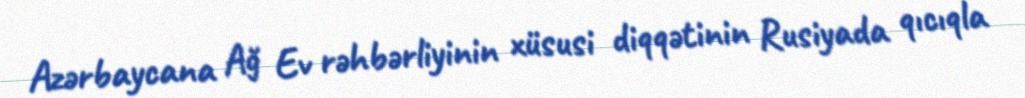
Azərbaycana Ağ Ev rəhbərliyinin xüsusi diqqətinin Rusiyada qıcıqla